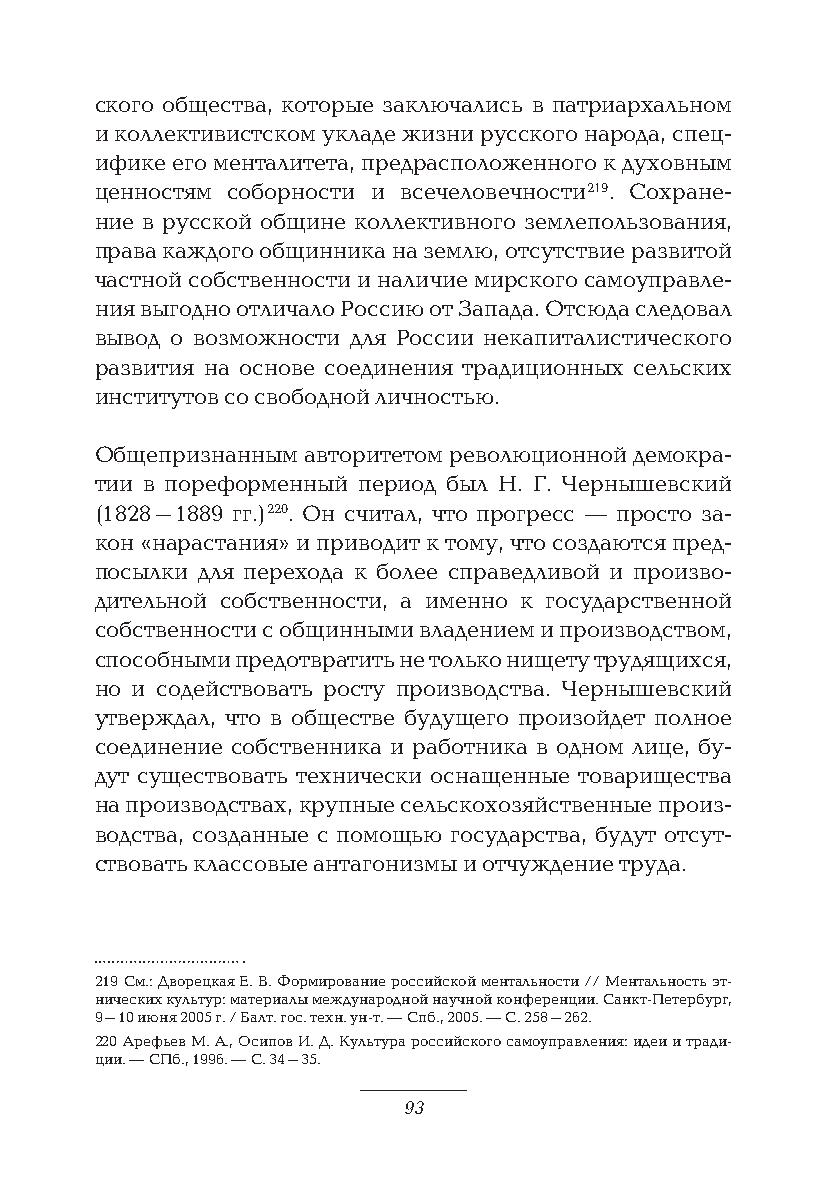
ского общества, которые заключались в патриархальном
 и коллективистском укладе жизни русского народа, спец-
 ифике его менталитета, предрасположенного к духовным
 ценностям соборности и всечеловечности 219. Сохране-
 ние в русской общине коллективного землепользования,
 права каждого общинника на землю, отсутствие развитой
 частной собственности и наличие мирского самоуправле-
 ния выгодно отличало Россию от Запада. Отсюда следовал
 вывод о возможности для России некапиталистического
 развития на основе соединения традиционных сельских
 институтов со свободной личностью.
 Общепризнанным авторитетом революционной демокра-
 тии в пореформенный период был Н. Г. Чернышевский
 (1828–1889 гг.) 220. Он считал, что прогресс — просто за-
 кон «нарастания» и приводит к тому, что создаются пред-
 посылки для перехода к более справедливой и произво-
 дительной собственности, а именно к государственной
 собственности с общинными владением и производством,
 способными предотвратить не только нищету трудящихся,
 но и содействовать росту производства. Чернышевский
 утверждал, что в обществе будущего произойдет полное
 соединение собственника и работника в одном лице, бу-
 дут существовать технически оснащенные товарищества
 на производствах, крупные сельскохозяйственные произ-
 водства, созданные с помощью государства, будут отсут-
 ствовать классовые антагонизмы и отчуждение труда.
 219 См.: Дворецкая Е. В. Формирование российской ментальности // Ментальность эт-
 нических культур: материалы международной научной конференции. Санкт-Петербург,
 9–10 июня 2005 г. / Балт. гос. техн. ун-т. — Спб., 2005. — С. 258–262.
 220 Арефьев М. А., Осипов И. Д. Культура российского самоуправления: идеи и тради-
 ции. — СПб., 1996. — С. 34–35.
 93